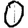
Digit: 0